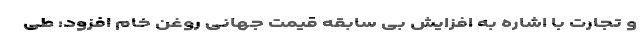
و تجارت با اشاره به افزایش بی سابقه قیمت جهانی روغن خام افزود: طی